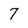
Character: 7